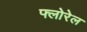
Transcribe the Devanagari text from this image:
फ्लोरेल